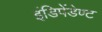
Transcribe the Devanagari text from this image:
इंडिपेंडेण्ट